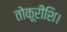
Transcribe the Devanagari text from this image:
तोकूरीशि।